Plague in India, 1896, 1897 - Volume 2
Year: 1896
Disease focus: Plague
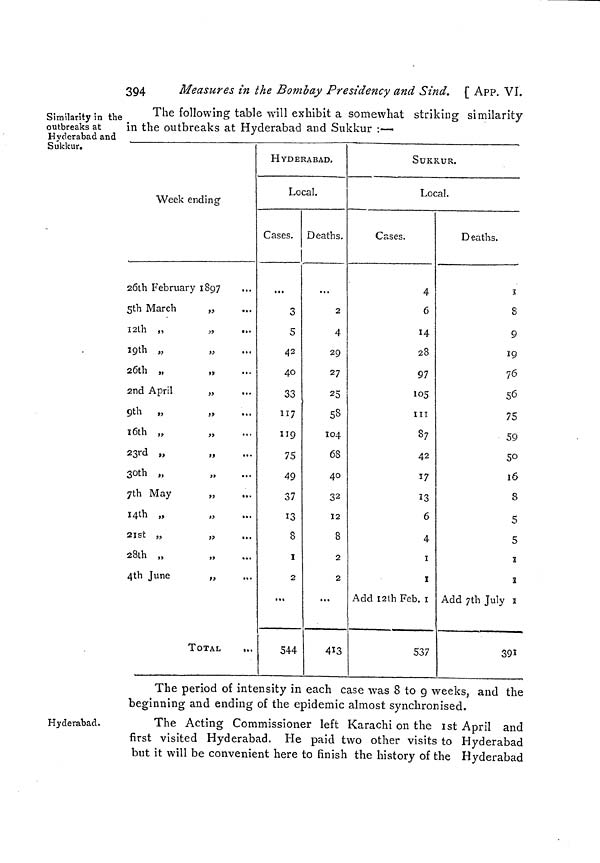
394
Measures in the Bombay Presidency and Sind. [ APP. Vï.
Similarity in the
outbreaks at
Hyderabad and
Sukkur.
The following table will exhibit a somewhat striking similarity
in the outbreaks at Hyderabad and Sukkur :—•
Week ending
26th February 1897
5th March
„
32th „
„
19th „
26th „
,
2nd April
„
9th ,,
„
16th „
„
23rd „
„
30th „
7th May
14th „
„
2ist „
„
28th „
„
4th June
„
TOTAL
,.
HYDERABAD.
Local.
Cases.
I
3
5
42
40
33
117
119
73
49
37
13
8
i
2
...
544
Deaths.
2
4
29
27
25
58
104
68
40
32
12
8
2
2
...
4Ï3
SUKKUR.
Local.
Cases.
4
6
14
28
97
105
in
87
42
37
13
6
4
i
I
Add I2lh Feb. 1
537
Deaths.
3
8
9
19
76
56
75
59
50
16
8
5
5
2
3
Add 7th July E
39
The period of intensity in each case was 8 to 9 weeks, and the
beginning and ending of the epidemic almost synchronised.
Hyderabad.
The Acting Commissioner left Karachi on the 1st April and
first visited Hyderabad. He paid two other visits to Hyderabad
but it will be convenient here to finish the history of the Hyderabad